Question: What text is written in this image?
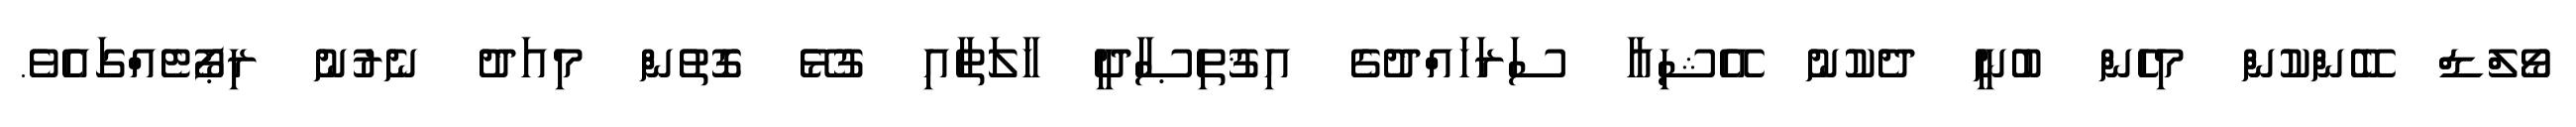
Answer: ވޯލްޑް ބޭންކުން މިހެން ބުނީ ދެކުނު އޭޝިއާ ސަރަހައްދުގެ އިޤުތިޞާދީ ހާލަތާއި ގުޅޭ ގޮތުން މިއަދު ނެރުނު ރިޕޯޓެއްގައެވެ.